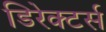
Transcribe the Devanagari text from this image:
डिरेक्टर्स